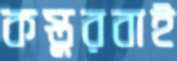
কস্তুরবাই